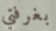
بغرفتي